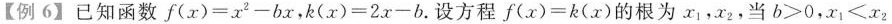
【例6】已知函数$$f ( x ) = x ^ { 2 } - b x$$，$$k ( x ) = 2 x - b$$.设方程$$f ( x ) = k ( x )$$的根为x_{1}，x_{2}，当$$b > 0$$，$$x _ { 1 } < x _ { 2 }$$